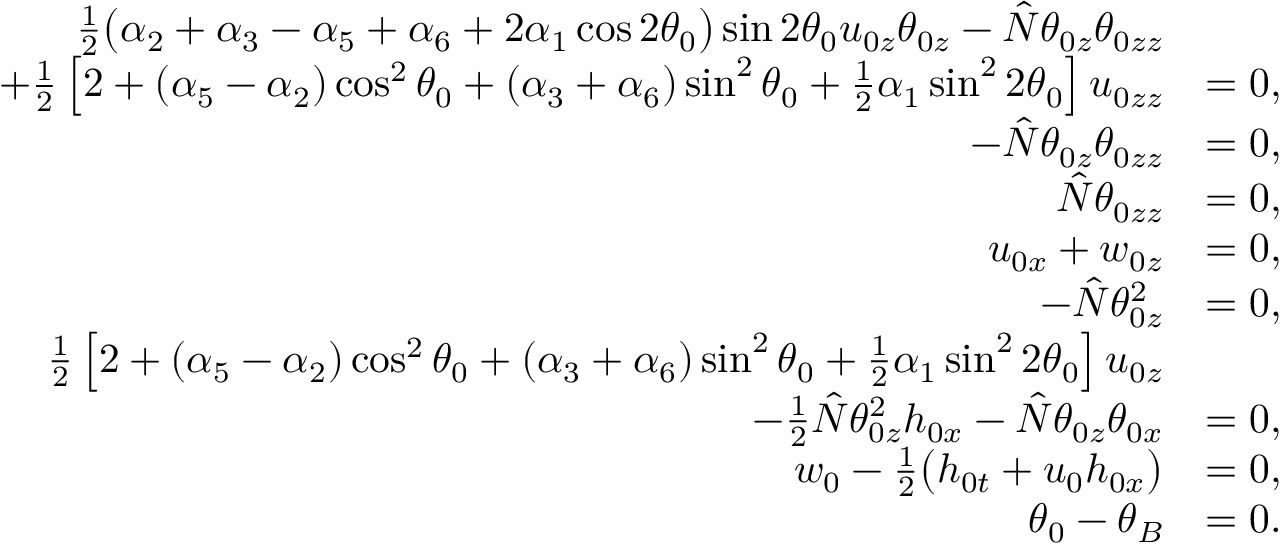
\begin{array} { r l } { \frac { 1 } { 2 } \big ( \alpha _ { 2 } + \alpha _ { 3 } - \alpha _ { 5 } + \alpha _ { 6 } + 2 \alpha _ { 1 } \cos { 2 \theta _ { 0 } } \big ) \sin { 2 \theta _ { 0 } } u _ { 0 z } \theta _ { 0 z } - \hat { N } \theta _ { 0 z } \theta _ { 0 z z } } \\ { + \frac { 1 } { 2 } \left[ 2 + ( \alpha _ { 5 } - \alpha _ { 2 } ) \cos ^ { 2 } { \theta _ { 0 } } + ( \alpha _ { 3 } + \alpha _ { 6 } ) \sin ^ { 2 } { \theta _ { 0 } } + \frac { 1 } { 2 } \alpha _ { 1 } \sin ^ { 2 } { 2 \theta _ { 0 } } \right] u _ { 0 z z } } & { = 0 , } \\ { - \hat { N } \theta _ { 0 z } \theta _ { 0 z z } } & { = 0 , } \\ { \hat { N } \theta _ { 0 z z } } & { = 0 , } \\ { u _ { 0 x } + w _ { 0 z } } & { = 0 , } \\ { - \hat { N } \theta _ { 0 z } ^ { 2 } } & { = 0 , } \\ { \frac { 1 } { 2 } \left[ 2 + ( \alpha _ { 5 } - \alpha _ { 2 } ) \cos ^ { 2 } { \theta _ { 0 } } + ( \alpha _ { 3 } + \alpha _ { 6 } ) \sin ^ { 2 } { \theta _ { 0 } } + \frac { 1 } { 2 } \alpha _ { 1 } \sin ^ { 2 } { 2 \theta _ { 0 } } \right] u _ { 0 z } } \\ { - \frac { 1 } { 2 } \hat { N } \theta _ { 0 z } ^ { 2 } h _ { 0 x } - \hat { N } \theta _ { 0 z } \theta _ { 0 x } } & { = 0 , } \\ { w _ { 0 } - \frac { 1 } { 2 } \big ( h _ { 0 t } + u _ { 0 } h _ { 0 x } \big ) } & { = 0 , } \\ { \theta _ { 0 } - \theta _ { B } } & { = 0 . } \end{array}